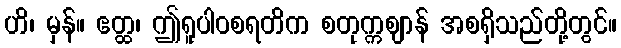
ဟိ၊ မှန်။ ဧတ္ထ၊ ဤရူပါဝစရတိက စတုက္ကဈာန် အစရှိသည်တို့တွင်။